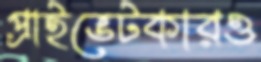
প্রাইভেটকারও